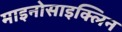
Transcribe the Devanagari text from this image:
माइनोसाइक्लिन